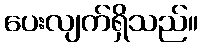
ပေးလျက်ရှိသည်။